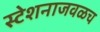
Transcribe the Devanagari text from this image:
स्टेशनाजवळच